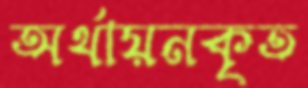
অর্থায়নকৃত